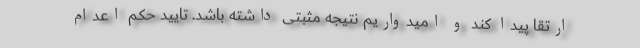
ارتقا پیدا کند و امیدواریم نتیجه مثبتی داشته باشد. تایید حکم اعدام